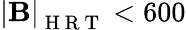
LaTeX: \mathbf{\left|B\right|}_{\mathrm{~H~R~T~}}<600